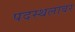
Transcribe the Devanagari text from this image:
पदस्थलावर